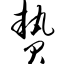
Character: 贽